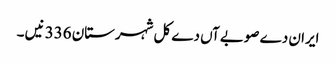
ایران دے صوبےآں دے کل شہرستان 336 نیں ۔